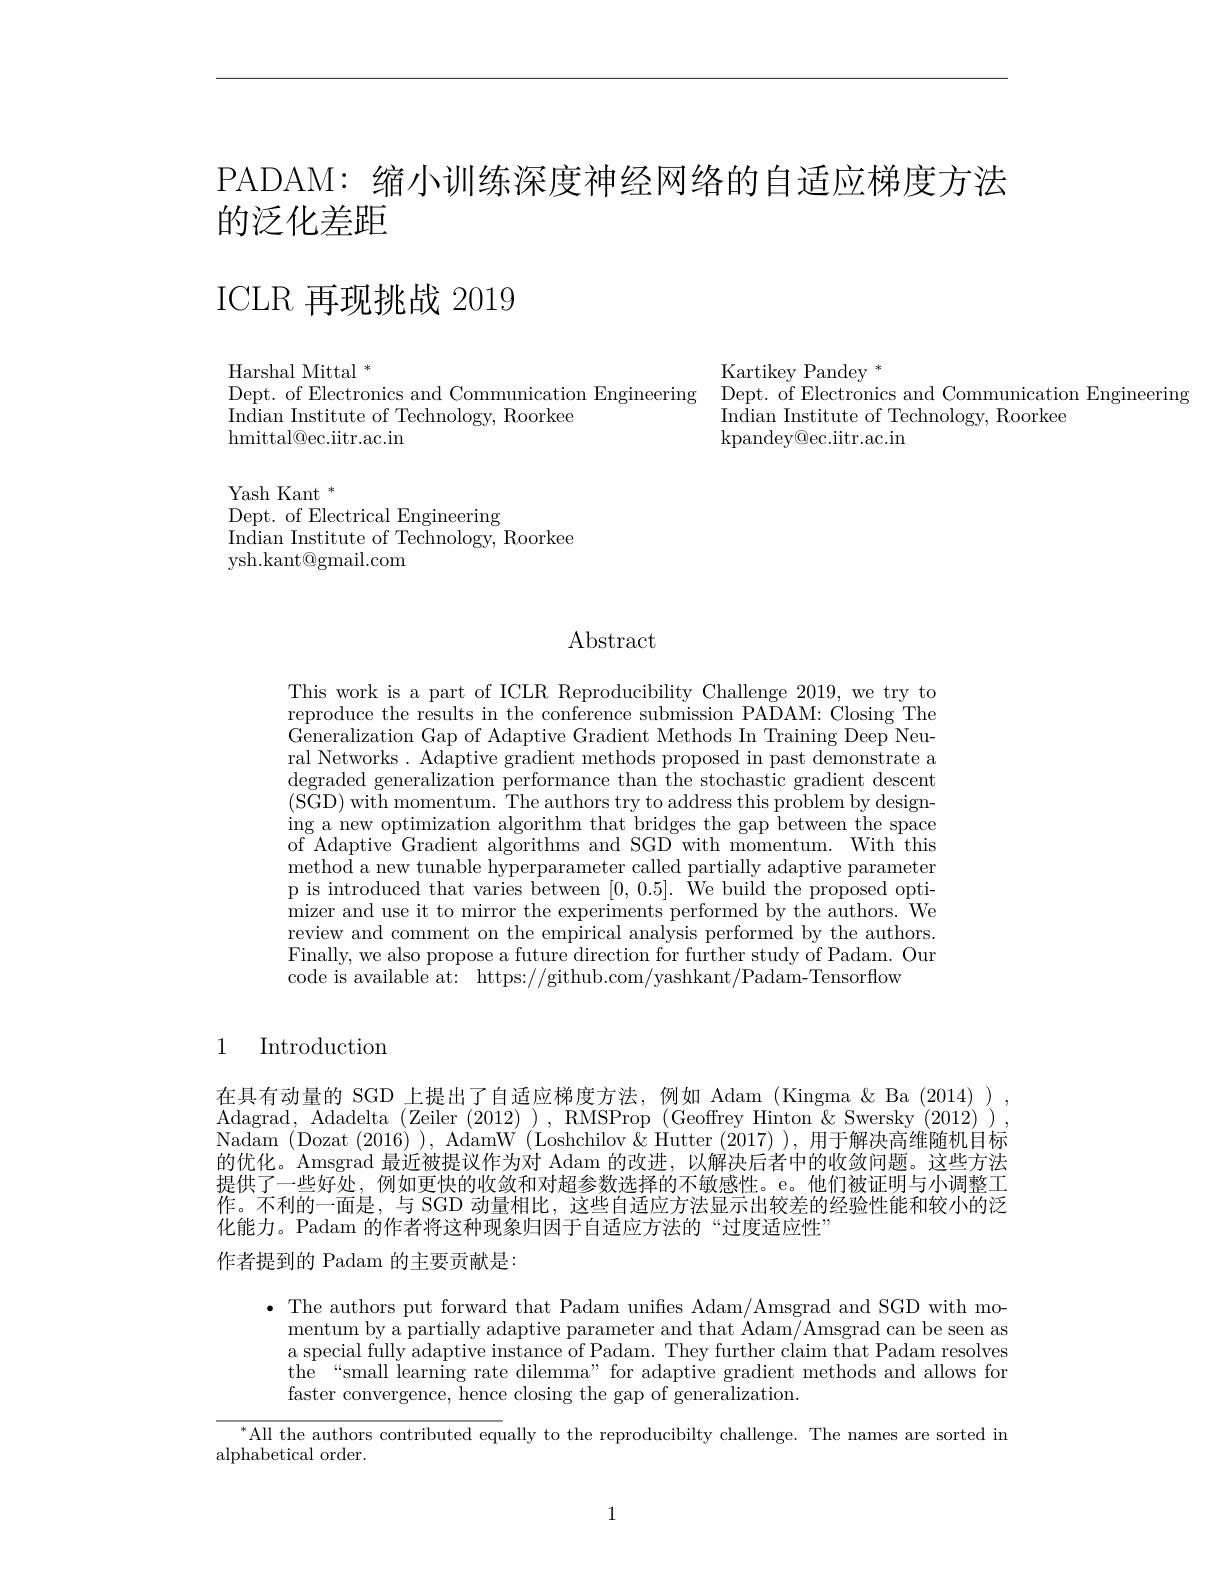
PADAM: 缩小训练深度神经网络的自适应梯度方法
# 的泛化差距

# ICLR 再现挑战 2019

Harshal Mittal $^*$
Dept. of Electronics and Communication Engineering
Indian Institute of Technology, Roorkee
${\mathrm{hmittal@ec.iitr.ac.in}}$

Yash Kant $^*$
Dept. of Electrical Engineering
$\operatorname*{Indian}\underset{{\mathrm{Institute~of~Technology,~Roorkee}}}$
ysh.kant@gmail.com

Kartikey Pandey $^*$
Dept. of Electronics and Communication Engineering
Indian Institute of Technology, Roorkee
kpandey@ ec. iitr. ac. in

## $\operatorname{Abstract}$

This work is a part of ICLR Reproducibility Challenge 2019, we try to reproduce the results in the conference submission PADAM: Closing The Generalization Gap of Adaptive Gradient Methods In Training Deep Neural Networks. Adaptive gradient methods proposed in past demonstrate a degraded generalization performance than the stochastic gradient descent (SGD) with momentum. The authors try to address this problem by designing a new optimization algorithm that bridges the gap between the space of Adaptive Gradient algorithms and SGD with momentum. With this method a new tunable hyperparameter called partially adaptive parameter p is introduced that varies between [0,0.5]. We build the proposed optimizer and use it to mirror the experiments performed by the authors. We review and comment on the empirical analysis performed by the authors. Finally, we also propose a future direction for further study of Padam. Our code is available at: https://github.com/yashkant/Padam-Tensorflow

1

Introduction

在具有动量的 SGD 上提出了自适应梯度方法，例如 Adam (Kingma $\&$ Ba (2014) Adagrad, Adadelta (Zeiler (2012)), RMSProp (Geoffrey Hinton&Swersky (2012)) Nadam (Dozat(2016)), AdamW(Loshchilov&Hutter(2017)),用于解决高维随机目标的优化。Amsgrad 最近被提议作为对 Adam 的改进，以解决后者中的收敛问题。这些方法提供了一些好处，例如更快的收敛和对超参数选择的不敏感性。e。他们被证明与小调整工作。不利的一面是，与 SGD 动量相比，这些自适应方法显示出较差的经验性能和较小的泛化能力。Padam 的作者将这种现象归因于自适应方法的“过度适应性”

作者提到的 Padam 的主要贡献是：

$\bullet$ The authors put forward that Padam unifies Adam/Amsgrad and SGD with mo-
mentum by a partially adaptive parameter and that Adam/Amsgrad can be seen as a special fully adaptive instance of Padam. They further claim that Padam resolves the“small learning rate dilemma”for adaptive gradient methods and allows for faster convergence, hence closing the gap of generalization.

$^{*}$All the authors contributed equally to the reproducibilty challenge. The names are sorted in

alphabetical order.